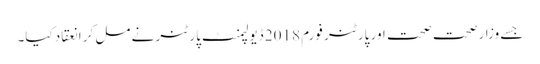
جسے وزارصحت صحت اور پارٹنر فورم 2018 ڈیولپمنٹ پارٹنر نے مل کر انعقاد کیا۔